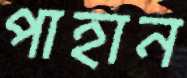
পাহান